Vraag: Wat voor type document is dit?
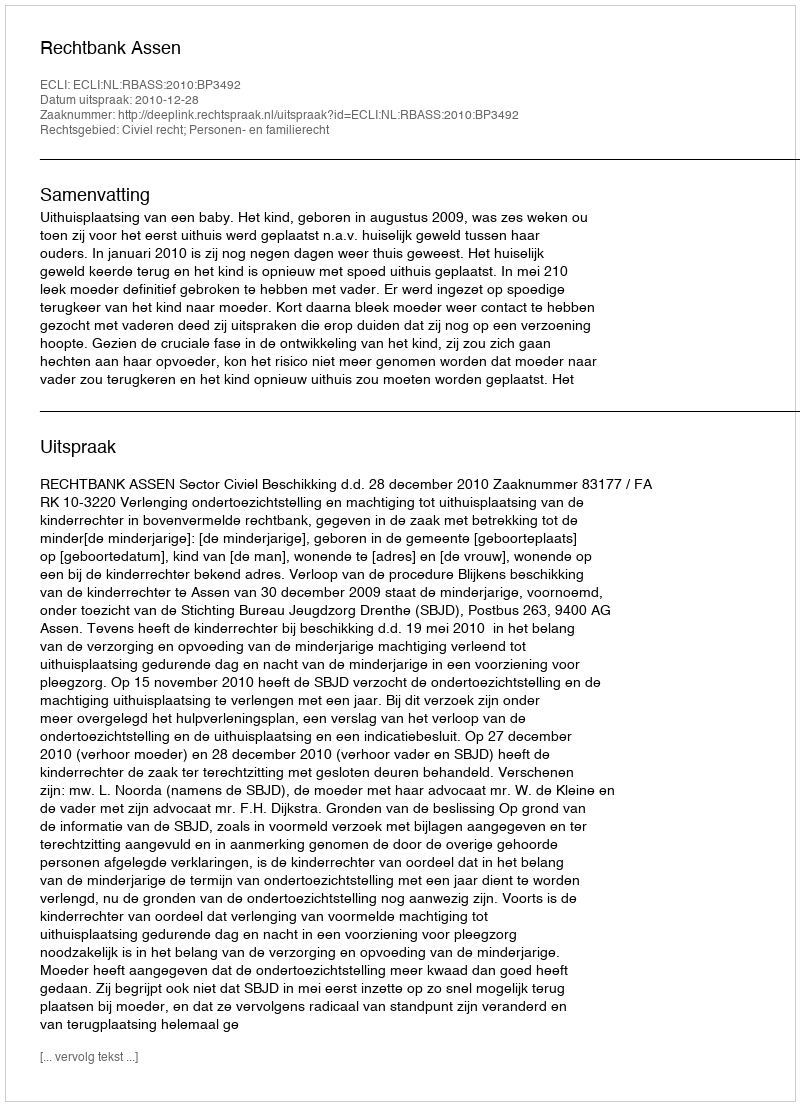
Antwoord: Uitspraak